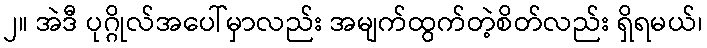
၂။ အဲဒီ ပုဂ္ဂိုလ်အပေါ်မှာလည်း အမျက်ထွက်တဲ့စိတ်လည်း ရှိရမယ်၊